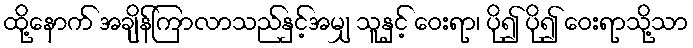
ထို့နောက် အချိန်ကြာလာသည်နှင့်အမျှ သူနှင့် ဝေးရာ၊ ပို၍ ပို၍ ဝေးရာသို့သာ